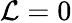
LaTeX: \mathcal{L}=0